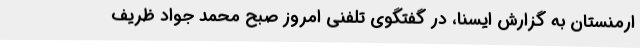
ارمنستان به گزارش ایسنا، در گفتگوی تلفنی امروز صبح محمد جواد ظریف